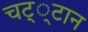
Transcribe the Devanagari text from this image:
चट््टान